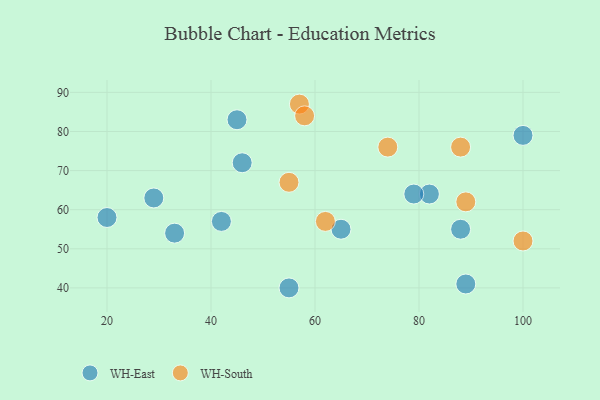
{"axis": {"x": "GDP", "y": "Life Expectancy"}, "legend": ["WH-East", "WH-South"], "data": [{"x": "42", "y": 57, "type": "WH-East"}, {"x": "20", "y": 58, "type": "WH-East"}, {"x": "46", "y": 72, "type": "WH-East"}, {"x": "89", "y": 41, "type": "WH-East"}, {"x": "29", "y": 63, "type": "WH-East"}, {"x": "88", "y": 55, "type": "WH-East"}, {"x": "82", "y": 64, "type": "WH-East"}, {"x": "33", "y": 54, "type": "WH-East"}, {"x": "100", "y": 79, "type": "WH-East"}, {"x": "79", "y": 64, "type": "WH-East"}, {"x": "65", "y": 55, "type": "WH-East"}, {"x": "45", "y": 83, "type": "WH-East"}, {"x": "55", "y": 40, "type": "WH-East"}, {"x": "57", "y": 87, "type": "WH-South"}, {"x": "55", "y": 67, "type": "WH-South"}, {"x": "62", "y": 57, "type": "WH-South"}, {"x": "88", "y": 76, "type": "WH-South"}, {"x": "100", "y": 52, "type": "WH-South"}, {"x": "58", "y": 84, "type": "WH-South"}, {"x": "89", "y": 62, "type": "WH-South"}, {"x": "74", "y": 76, "type": "WH-South"}]}